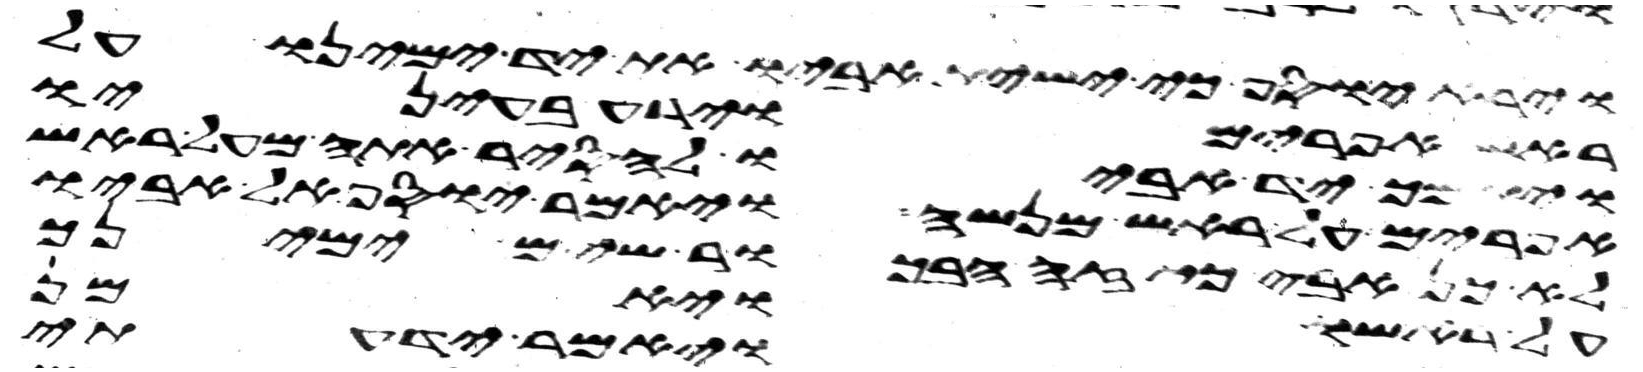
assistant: יוסף כי ישית אביו את יד ימינו על
ראש אפרים וירע בעיניו
ויתמך יד אביו להסיר אתה מעל ראש
אפרים על ראש מנשה ויאמר יוסף אל אביו
לא כן אבי כי זה הבכור שים ימינך
על אשתו ויאמר